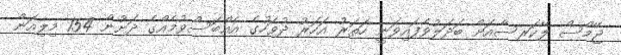
ޖޭމްސް ލޭކަރސްއަށް ބަދަލުވެފައިވަނީ ހަތަރު އަހަރު ދުވަހުގެ އެއްބަސްވުމެއްގެ ދަށުން 154 މިލިއަން